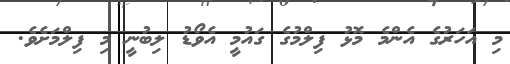
މި އަހަރުގެ އެންމެ މޮޅު ފިލްމުގެ ގައުމީ އެވޯޑު ލިބުނީ މި ފިލްމަށެވެ.